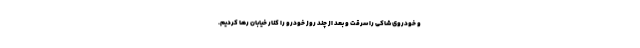
و خودروی شاکی را سرقت و بعد از چند روز خودرو را کنار خیابان رها کردیم.